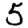
Digit: 5